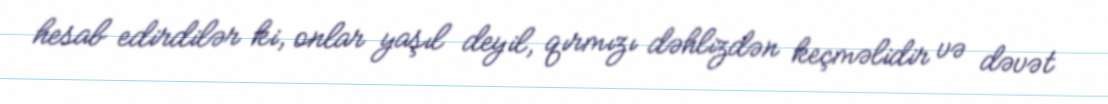
hesab edirdilər ki, onlar yaşıl deyil, qırmızı dəhlizdən keçməlidir və dəvət